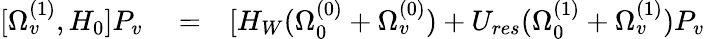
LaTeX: \begin{array}{rlr}{[\Omega_{v}^{(1)},H_{0}]P_{v}}&{{}=}&{[H_{W}(\Omega_{0}^{(0)}+\Omega_{v}^{(0)})+U_{res}(\Omega_{0}^{(1)}+\Omega_{v}^{(1)})P_{v}}\end{array}